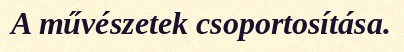
A művészetek csoportosítása.